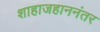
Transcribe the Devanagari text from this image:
शाहाजहाननंतर